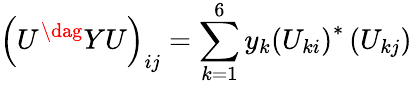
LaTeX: \left(U^{\dag}YU\right)_{ij}=\sum_{k=1}^{6}y_{k}\left(U_{ki}\right)^{*}\left(U_{kj}\right)